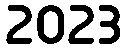
2023